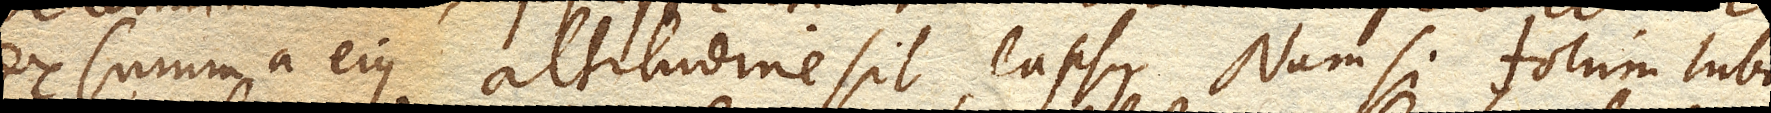
ex summa ejus altitudine sit lapsus. Nam si totum Tubum